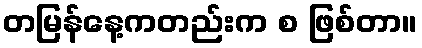
တမြန်နေ့ကတည်းက စ ဖြစ်တာ။